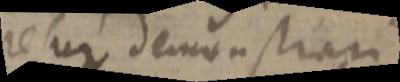
relur demonstrari